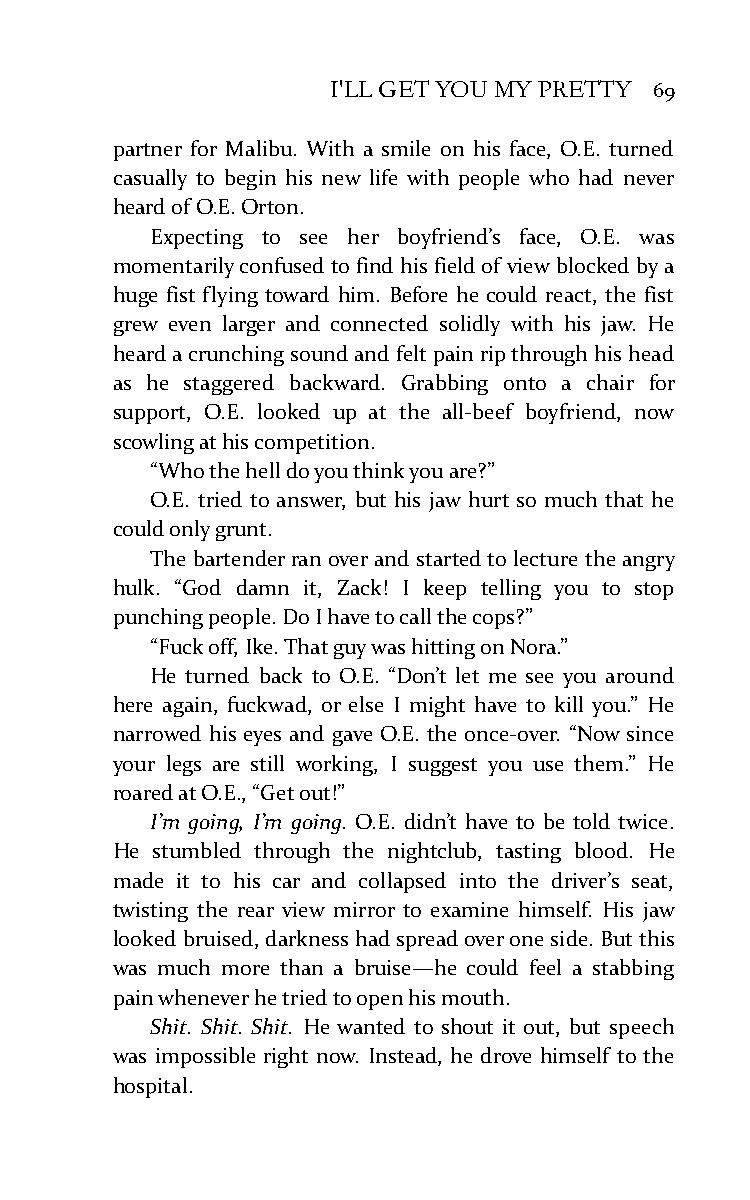
I'LL GET YOU MY PRETTY 69
 partner for Malibu. With a smile on his face, O.E. turned
 casually to begin his new life with people who had never
 heard of O.E. Orton.
 Expecting to see her boyfriend’s face, O.E. was
 momentarily confused to find his field of view blocked by a
 huge fist flying toward him. Before he could react, the fist
 grew even larger and connected solidly with his jaw. He
 heard a crunching sound and felt pain rip through his head
 as he staggered backward. Grabbing onto a chair for
 support, O.E. looked up at the all-beef boyfriend, now
 scowling at his competition.
 “Who the hell do you think you are?”
 O.E. tried to answer, but his jaw hurt so much that he
 could only grunt.
 The bartender ran over and started to lecture the angry
 hulk. “God damn it, Zack! I keep telling you to stop
 punching people. Do I have to call the cops?”
 “Fuck off, Ike. That guy was hitting on Nora.”
 He turned back to O.E. “Don’t let me see you around
 here again, fuckwad, or else I might have to kill you.” He
 narrowed his eyes and gave O.E. the once-over. “Now since
 your legs are still working, I suggest you use them.” He
 roared at O.E., “Get out!”
 I’m going, I’m going. O.E. didn’t have to be told twice.
 He stumbled through the nightclub, tasting blood. He
 made it to his car and collapsed into the driver’s seat,
 twisting the rear view mirror to examine himself. His jaw
 looked bruised, darkness had spread over one side. But this
 was much more than a bruise—he could feel a stabbing
 pain whenever he tried to open his mouth.
 Shit. Shit. Shit. He wanted to shout it out, but speech
 was impossible right now. Instead, he drove himself to the
 hospital.